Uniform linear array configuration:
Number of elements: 32
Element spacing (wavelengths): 1
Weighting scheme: hamming
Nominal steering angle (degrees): -15
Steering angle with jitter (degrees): -13.697
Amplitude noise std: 0.05
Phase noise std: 0.05

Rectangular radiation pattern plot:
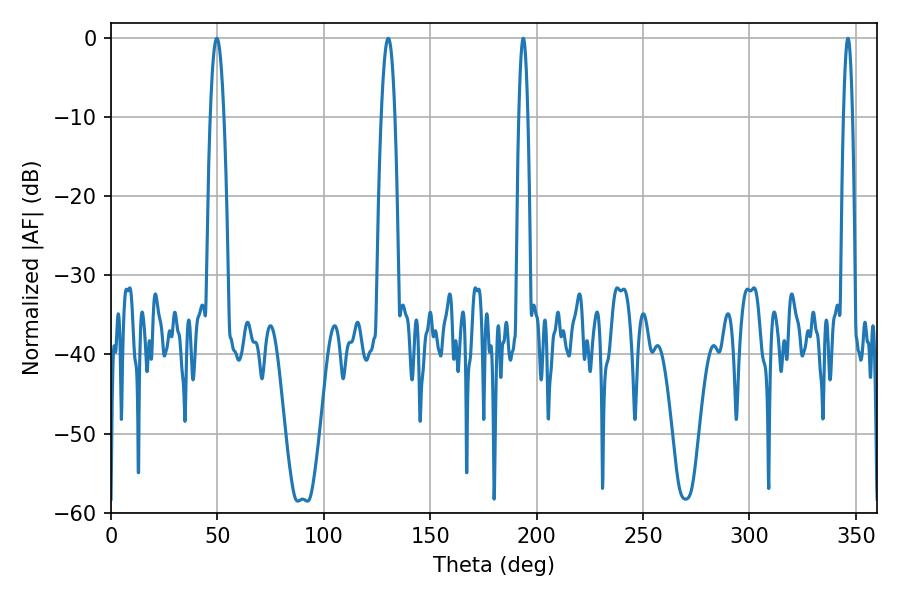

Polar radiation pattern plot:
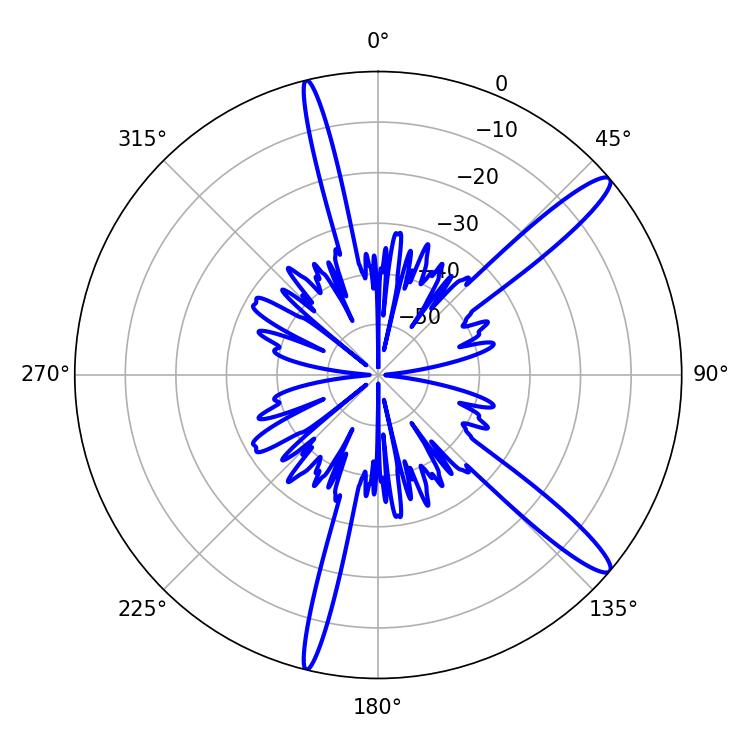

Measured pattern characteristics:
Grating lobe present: TRUE
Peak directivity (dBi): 13.909
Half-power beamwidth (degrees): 3.42
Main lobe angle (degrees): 49.68